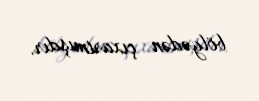
bölgədən çıxartmışdır.